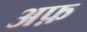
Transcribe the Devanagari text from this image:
अफ़